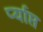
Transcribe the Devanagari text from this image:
र्प्याप्त